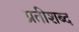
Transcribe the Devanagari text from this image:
प्रतीशब्द